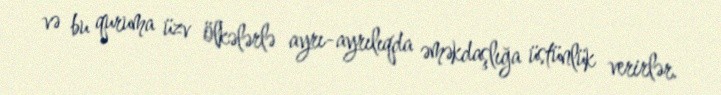
və bu quruma üzv ölkələrlə ayrı-ayrılıqda əməkdaşlığa üstünlük verirlər.